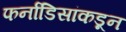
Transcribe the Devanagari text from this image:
फर्नांडिसांकडून